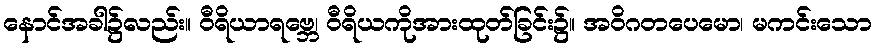
နောင်အခါ၌လည်း။ ဝီရိယာရဗ္ဘေ၊ ဝီရိယကိုအားထုတ်ခြင်း၌။ အဝိဂတပေမော၊ မကင်းသော